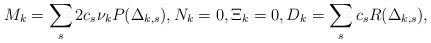
LaTeX: \begin{align*}M_k = \sum_{s}^{} 2c_s \nu_k P(\Delta_{k,s}), N_k =0, \Xi_k = 0, D_k = \sum_{s}^{} c_s R(\Delta_{k,s}),\end{align*}